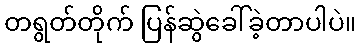
တရွတ်တိုက် ပြန်ဆွဲခေါ်ခဲ့တာပါပဲ။